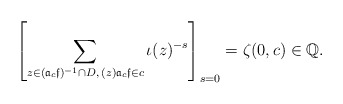
\begin{align*} \left[\sum_{z \in ({\mathfrak a}_c \mathfrak f)^{-1}\cap D,\, (z){\mathfrak a}_c \mathfrak f \in c }\iota(z)^{-s} \right]_{s=0}=\zeta(0,c) \in \mathbb Q.\end{align*}